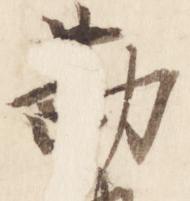
勘